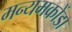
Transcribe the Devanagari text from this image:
मन्यमकोंडा